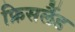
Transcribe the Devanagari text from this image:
फ्रिसलैंड